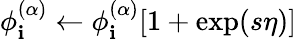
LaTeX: \phi_{\mathbf{i}}^{(\alpha)}\leftarrow\phi_{\mathbf{i}}^{(\alpha)}[1+\exp(s\eta)]